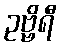
ဥဗ္ဗိရီ